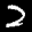
Label: 2